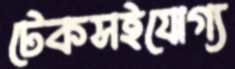
টেকসইযোগ্য